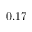
0 . 1 7